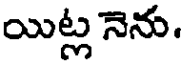
యిట్ల నెను.